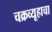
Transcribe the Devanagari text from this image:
चक्रव्यूहाचा